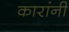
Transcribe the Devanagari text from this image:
कारांनी